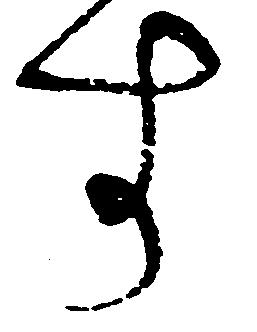
す